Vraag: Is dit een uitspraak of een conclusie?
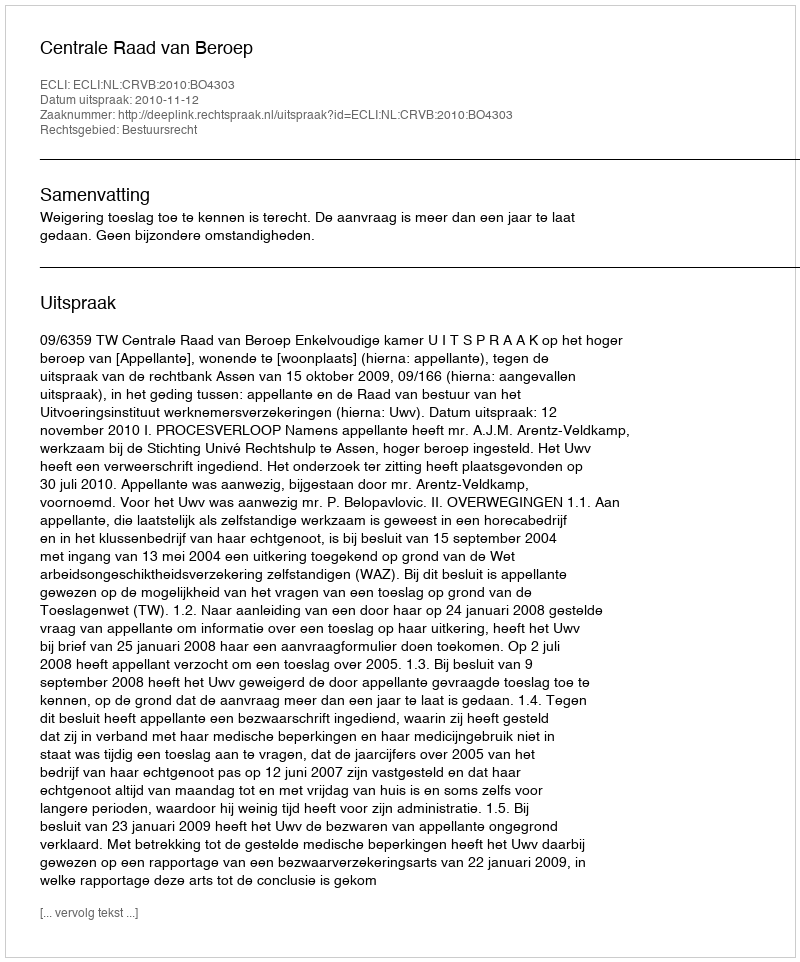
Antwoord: Uitspraak